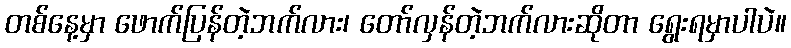
တစ်နေ့မှာ ဖောက်ပြန်တဲ့ဘက်လား၊ တော်လှန်တဲ့ဘက်လားဆိုတာ ရွေးရမှာပါပဲ။